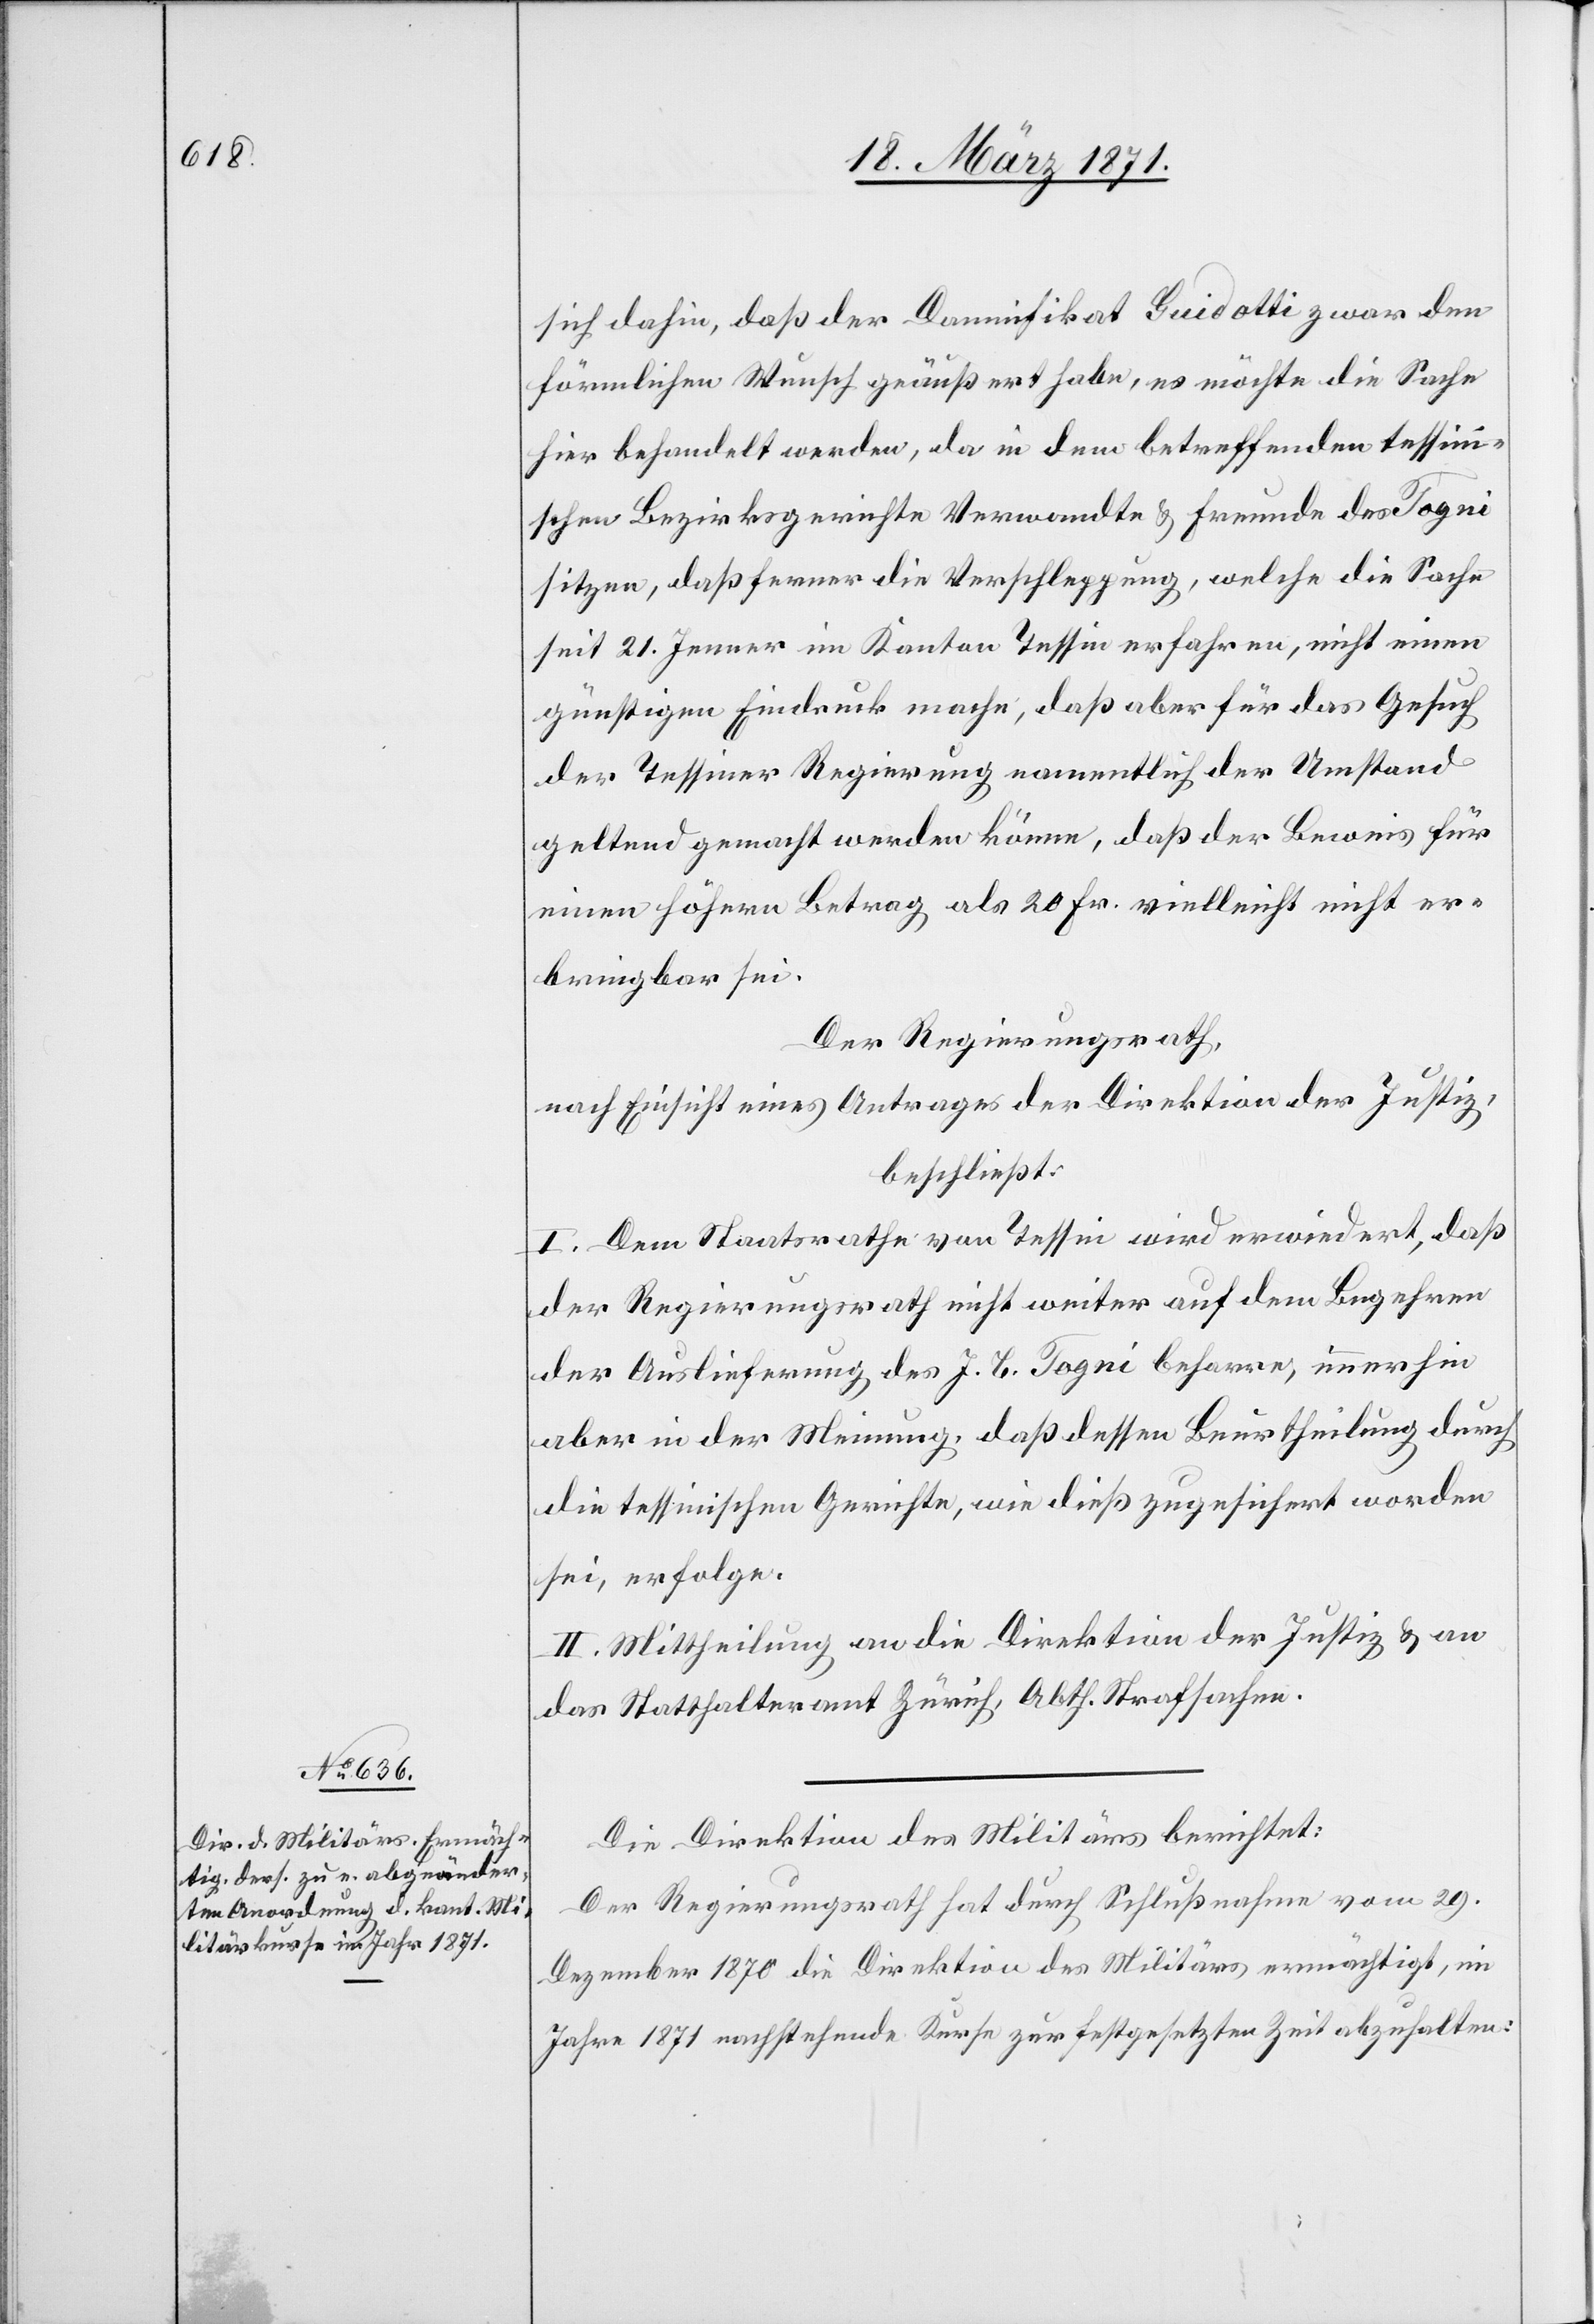
24. März 1871.]
sich dahin, daß der Damnifikat Guidotti zwar den
förmlichen Wunsch geäußert habe, es möchte die Sache
hier behandelt werden, da in dem betreffenden tessin¬
ischen Bezirksgerichte Verwandte u. Freunde des Togni
sitzen, daß ferner die Verschleppung, welche die Sache
seit 21. Jenner im Kanton Tessin erfahren, nicht einen
günstigen Eindruck mache, daß aber für das Gesuch
der Tessiner Regierung namentlich der Umstand
geltend gemacht werden könne, daß der Beweis für
einen höhern Betrag als 20 Fr. vielleicht nicht er¬
bringbar sei.
Der Regierungsrath,
nach Einsicht eines Antrages der Direktion der Justiz,
beschließt:
I. Dem Staatsrathe von Tessin wird erwiedert, daß
der Regierungsrath nicht weiter auf dem Begehren
der Auslieferung des J. B. Togni beharre, immerhin
aber in der Meinung, daß dessen Beurtheilung durch
die tessinischen Gerichte, wie dieß zugesichert worden
sei, erfolge.
II. Mittheilung an die Direktion der Justiz u. an
das Statthalteramt Zürich, Abth. Strafsachen.
Die Direktion des Militärs berichtet:
Der Regierungsrath hat durch Schlußnahme vom 29.
Dezember 1870 die Direktion des Militärs ermächtigt, im
Jahre 1871 nachstehende Kurse zur festgesetzten Zeit abzuhalten: